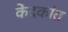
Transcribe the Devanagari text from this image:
केंदकांत